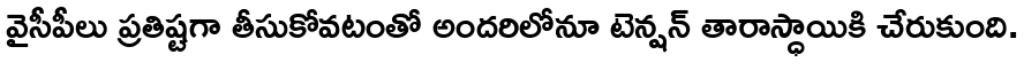
వైసీపీలు ప్రతిష్టగా తీసుకోవటంతో అందరిలోనూ టెన్షన్ తారాస్ధాయికి చేరుకుంది.